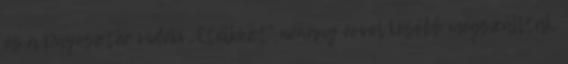
és a Dnyeszter vidéki „Etelközt" néhány évvel később megszállták,